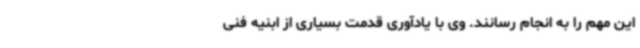
این مهم را به انجام رسانند. وی با یادآوری قدمت بسیاری از ابنیه فنی